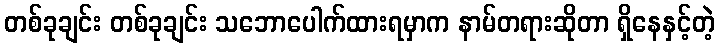
တစ်ခုချင်း တစ်ခုချင်း သဘောပေါက်ထားရမှာက နာမ်တရားဆိုတာ ရှိနေနှင့်တဲ့